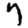
Digit: 7